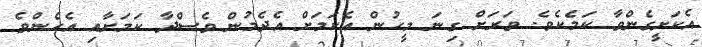
އެކަށީގެންވާ ކަމެކެވެ. ވަރަށް ގިނަ މީހުން އެކަމަށް އެދެމުން ވެސްދާ ކަމަށާއި އެހެންވެ